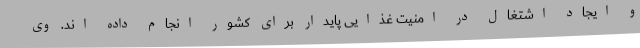
و ایجاد اشتغال در امنیت غذایی پایدار برای کشور انجام داده اند. وی